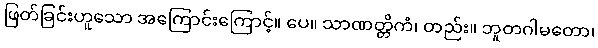
ဖြတ်ခြင်းဟူသော အကြောင်းကြောင့်။ ပေ။ သာဏတ္တိကံ၊ တည်း။ ဘူတဂါမတော၊